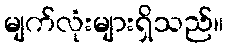
မျက်လုံးများရှိသည်။